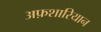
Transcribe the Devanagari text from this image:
अफ़शारियान